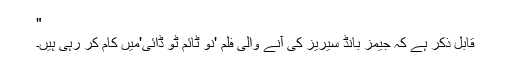
"
قابل ذکر ہے کہ جیمز بانڈ سیریز کی آنے والی فلم 'نو ٹائم ٹو ڈائی'میں کام کر رہی ہیں۔